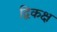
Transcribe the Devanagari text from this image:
द्विकक्ष